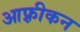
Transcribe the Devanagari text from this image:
आफ़्रीकन